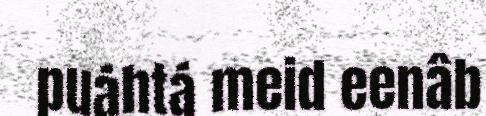
puáhtá meid eenâb